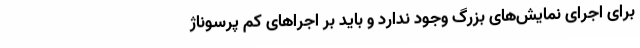
برای اجرای نمایش‌های بزرگ وجود ندارد و باید بر اجراهای کم پرسوناژ